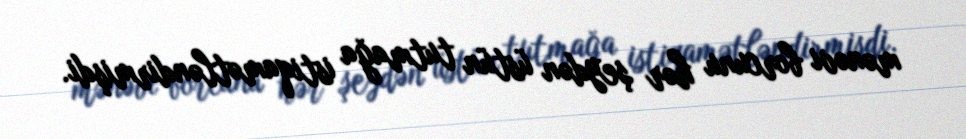
mənəvi borcunu hər şeydən üstün tutmağa istiqamətləndirmişdi.